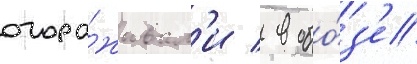
огора́живал'и / в обо́з'е